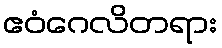
ဧဝံဂေလိတရား